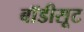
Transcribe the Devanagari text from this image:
बाॅडीसूट